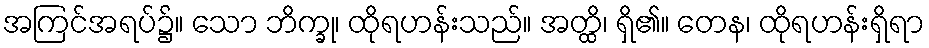
အကြင်အရပ်၌။ သော ဘိက္ခု၊ ထိုရဟန်းသည်။ အတ္ထိ၊ ရှိ၏။ တေန၊ ထိုရဟန်းရှိရာ